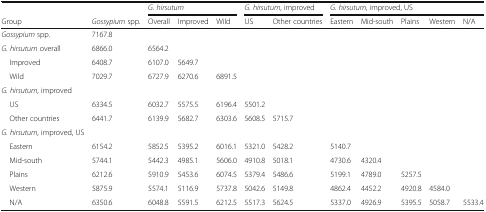
<table><thead><tr><td></td><td></td><td colspan="3"><b><i>G. hirsutum</i></b></td><td colspan="2"><b><i>G. hirsutum</i>, improved</b></td><td colspan="5"><b><i>G. hirsutum</i>, improved, US</b></td></tr><tr><td><b>Group</b></td><td><b><i>Gossypium</i> spp.</b></td><td><b>Overall</b></td><td><b>Improved</b></td><td><b>Wild</b></td><td><b>US</b></td><td><b>Other countries</b></td><td><b>Eastern</b></td><td><b>Mid-south</b></td><td><b>Plains</b></td><td><b>Western</b></td><td><b>N/A</b></td></tr></thead><tbody><tr><td><i>Gossypium</i> spp.</td><td>7167.8</td><td></td><td></td><td></td><td></td><td></td><td></td><td></td><td></td><td></td><td></td></tr><tr><td><i>G. hirsutum</i> overall</td><td>6866.0</td><td>6564.2</td><td></td><td></td><td></td><td></td><td></td><td></td><td></td><td></td><td></td></tr><tr><td> Improved</td><td>6408.7</td><td>6107.0</td><td>5649.7</td><td></td><td></td><td></td><td></td><td></td><td></td><td></td><td></td></tr><tr><td> Wild</td><td>7029.7</td><td>6727.9</td><td>6270.6</td><td>6891.5</td><td></td><td></td><td></td><td></td><td></td><td></td><td></td></tr><tr><td><i>G. hirsutum</i>, improved</td><td></td><td></td><td></td><td></td><td></td><td></td><td></td><td></td><td></td><td></td><td></td></tr><tr><td> US</td><td>6334.5</td><td>6032.7</td><td>5575.5</td><td>6196.4</td><td>5501.2</td><td></td><td></td><td></td><td></td><td></td><td></td></tr><tr><td> Other countries</td><td>6441.7</td><td>6139.9</td><td>5682.7</td><td>6303.6</td><td>5608.5</td><td>5715.7</td><td></td><td></td><td></td><td></td><td></td></tr><tr><td><i>G. hirsutum</i>, improved, US</td><td></td><td></td><td></td><td></td><td></td><td></td><td></td><td></td><td></td><td></td><td></td></tr><tr><td> Eastern</td><td>6154.2</td><td>5852.5</td><td>5395.2</td><td>6016.1</td><td>5321.0</td><td>5428.2</td><td>5140.7</td><td></td><td></td><td></td><td></td></tr><tr><td> Mid-south</td><td>5744.1</td><td>5442.3</td><td>4985.1</td><td>5606.0</td><td>4910.8</td><td>5018.1</td><td>4730.6</td><td>4320.4</td><td></td><td></td><td></td></tr><tr><td> Plains</td><td>6212.6</td><td>5910.9</td><td>5453.6</td><td>6074.5</td><td>5379.4</td><td>5486.6</td><td>5199.1</td><td>4789.0</td><td>5257.5</td><td></td><td></td></tr><tr><td> Western</td><td>5875.9</td><td>5574.1</td><td>5116.9</td><td>5737.8</td><td>5042.6</td><td>5149.8</td><td>4862.4</td><td>4452.2</td><td>4920.8</td><td>4584.0</td><td></td></tr><tr><td> N/A</td><td>6350.6</td><td>6048.8</td><td>5591.5</td><td>6212.5</td><td>5517.3</td><td>5624.5</td><td>5337.0</td><td>4926.9</td><td>5395.5</td><td>5058.7</td><td>5533.4</td></tr></tbody></table>